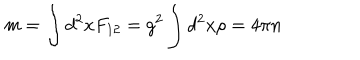
m = \int d ^ { 2 } x F _ { 1 2 } = g ^ { 2 } \int d ^ { 2 } x \rho = 4 \pi n